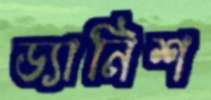
ড্যানিশ